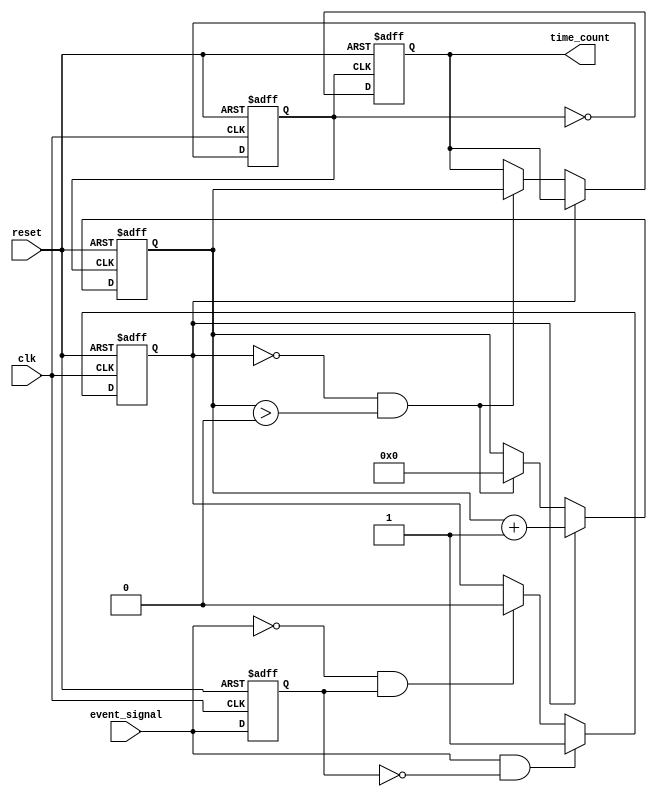
module TDC (
    input wire clk,             // System clock
    input wire reset,           // Asynchronous reset
    input wire event_signal,     // Input event signal
    output reg [31:0] time_count // Output register for time measurement
);

// PLL parameters
parameter VCO_FREQ = 100; // VCO frequency in MHz (example value)
parameter VCO_PERIOD = 1000 / VCO_FREQ; // VCO period in ns

// Internal signals
reg [31:0] counter;          // Counter for measuring time intervals
reg vco_clk;                 // VCO clock signal
reg edge_detected;           // Edge detection flag
reg last_event_signal;       // Store last state of event signal

// PLL simulation: Generate VCO clock
always @(posedge clk or posedge reset) begin
    if (reset) begin
        vco_clk <= 0;
    end else begin
        // Simple VCO clock generation (toggle every VCO_PERIOD)
        vco_clk <= ~vco_clk;
    end
end

// Edge detection logic
always @(posedge clk or posedge reset) begin
    if (reset) begin
        last_event_signal <= 0;
        edge_detected <= 0;
    end else begin
        // Detect rising edge of the event signal
        if (event_signal && !last_event_signal) begin
            edge_detected <= 1; // First edge detected
        end else if (!event_signal && last_event_signal) begin
            edge_detected <= 0; // Second edge detected
        end
        last_event_signal <= event_signal;
    end
end

// Time measurement counter
always @(posedge vco_clk or posedge reset) begin
    if (reset) begin
        counter <= 0;
        time_count <= 0;
    end else if (edge_detected) begin
        // Start counting on the first edge
        counter <= counter + 1;
    end else if (!edge_detected && counter > 0) begin
        // Stop counting on the second edge
        time_count <= counter; // Store the measured time interval
        counter <= 0;          // Reset counter for next measurement
    end
end

endmodule